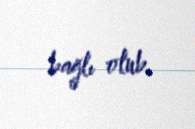
bağlı olub.